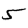
Digit: 5